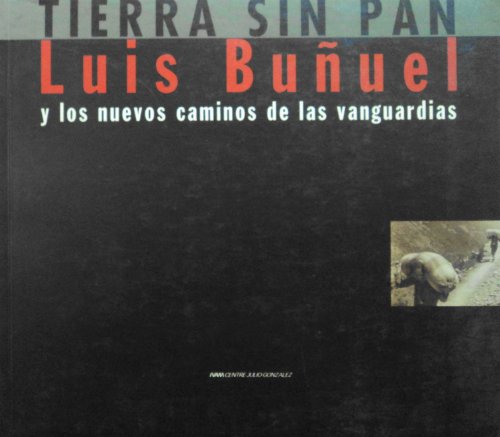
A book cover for Luis Bunuel: Tierra sin Pan y los Nuevos Caminos de las Vanguardias (Spanish Edition); Merce Ibarz; Arts & Photography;